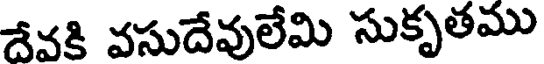
దేవకి వసుదేవులేమి సుకృతము